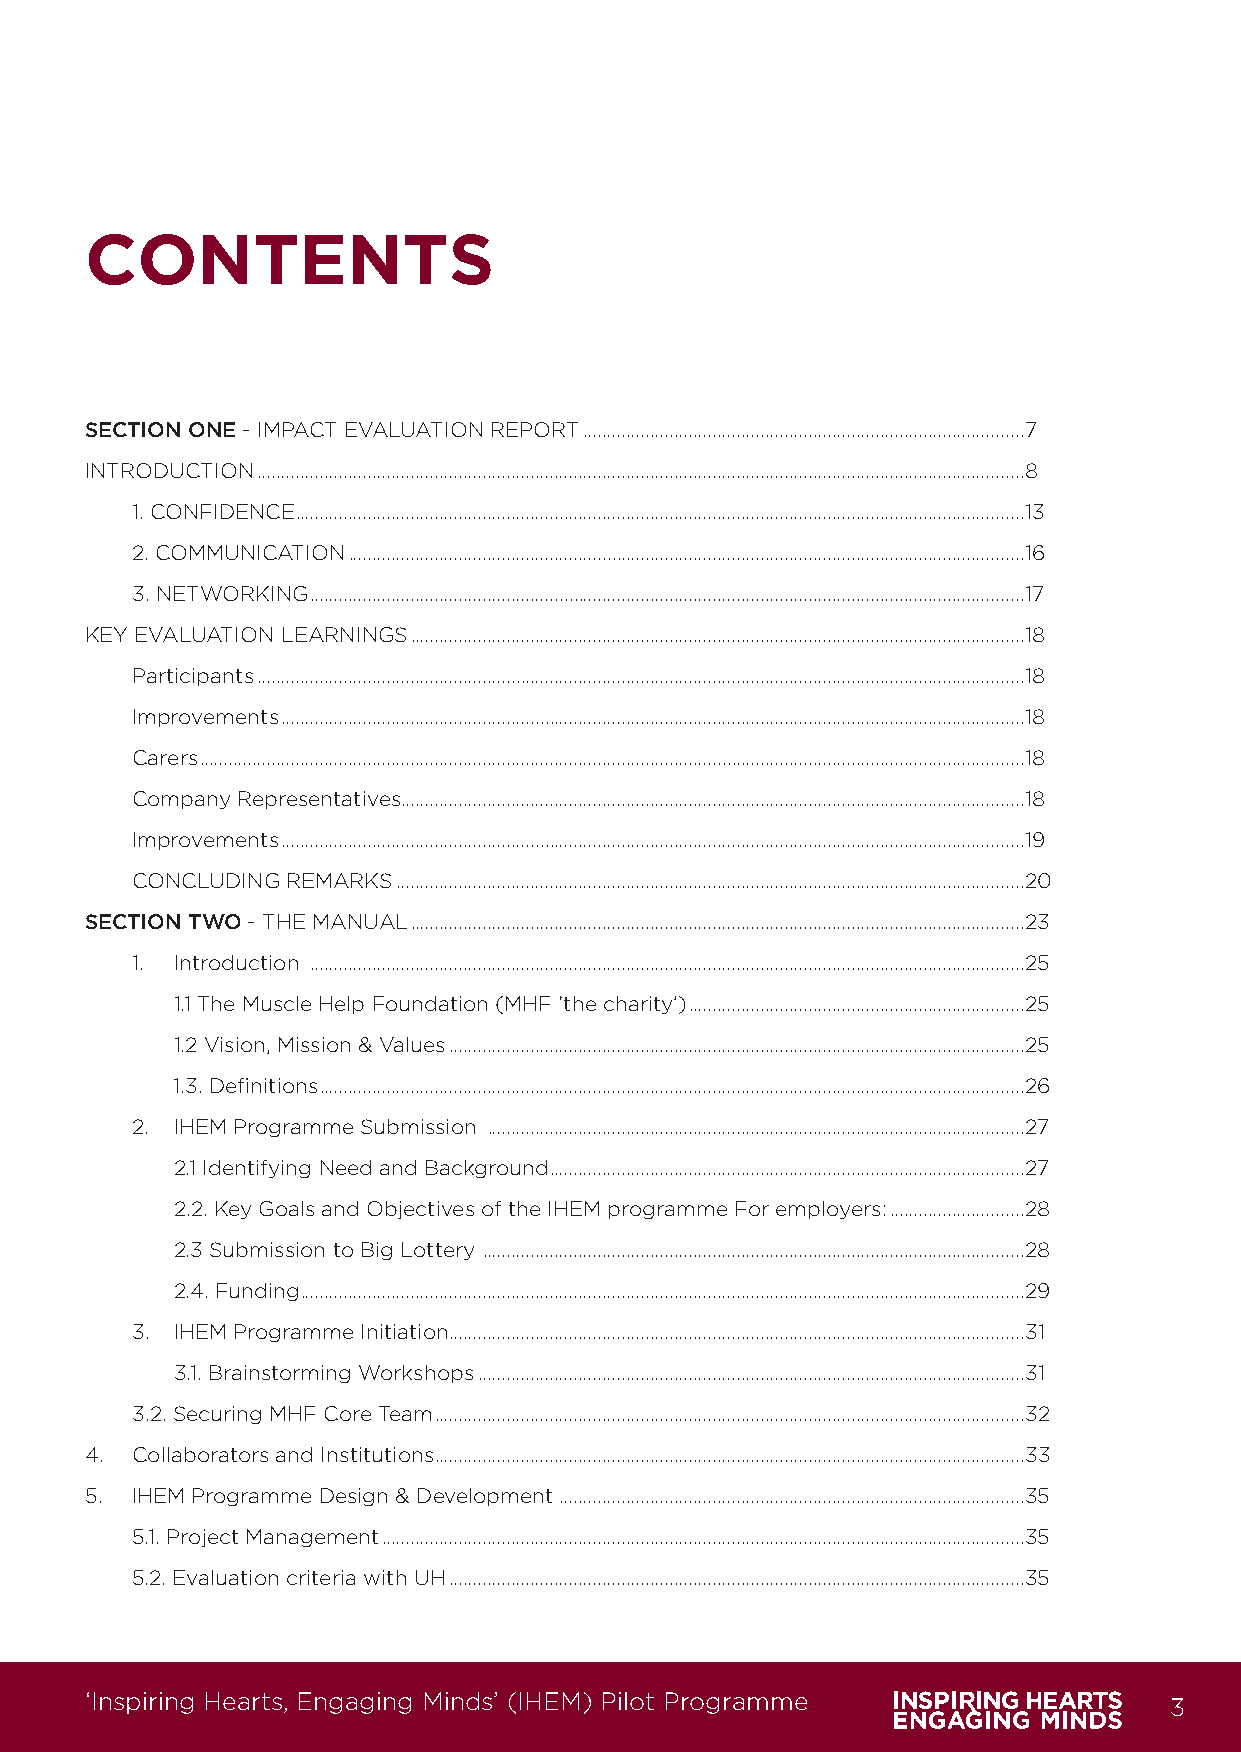
CONTENTS
 SECTION ONE - IMPACT EVALUATION REPORT ............................................................................................7
 INTRODUCTION ................................................................................................................................................................8
 1. CONFIDENCE ........................................................................................................................................................13
 2. COMMUNICATION .............................................................................................................................................16
 3. NETWORKING .....................................................................................................................................................17
 KEY EVALUATION LEARNINGS ................................................................................................................................18
 Participants ................................................................................................................................................................18
 Improvements ...........................................................................................................................................................18
 Carers ............................................................................................................................................................................18
 Company Representatives ..................................................................................................................................18
 Improvements ...........................................................................................................................................................19
 CONCLUDING REMARKS ...................................................................................................................................20
 SECTION TWO - THE MANUAL ................................................................................................................................23
 1. Introduction .....................................................................................................................................................25
 1.1 The Muscle Help Foundation (MHF ‘the charity’) ......................................................................25
 1.2 Vision, Mission & Values ........................................................................................................................25
 1.3. Definitions ...................................................................................................................................................26
 2. IHEM Programme Submission ................................................................................................................27
 2.1 Identifying Need and Background ...................................................................................................27
 2.2. Key Goals and Objectives of the IHEM programme For employers: ............................28
 2.3 Submission to Big Lottery .................................................................................................................28
 2.4. Funding .......................................................................................................................................................29
 3. IHEM Programme Initiation ........................................................................................................................31
 3.1. Brainstorming Workshops ..................................................................................................................31
 3.2. Securing MHF Core Team ...........................................................................................................................32
 4. Collaborators and Institutions ...........................................................................................................................33
 5. IHEM Programme Design & Development .................................................................................................35
 5.1. Project Management ......................................................................................................................................35
 5.2. Evaluation criteria with UH ........................................................................................................................35
 ‘Inspiring Hearts, Engaging Minds’ (IHEM) Pilot Programme               3
 IHEM-Evaluation-Summary-Report_Brand Compliant.indd 3                   29/09/2020 06:59:09